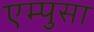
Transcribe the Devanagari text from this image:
एम्पुसा